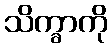
သိက္ခာကို